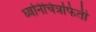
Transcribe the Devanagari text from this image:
ध्वनिचित्रफिती